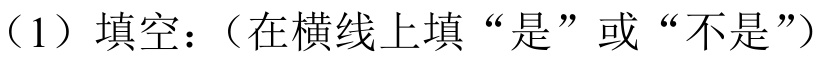
（1）填空：（在横线上填“是”或“不是”）